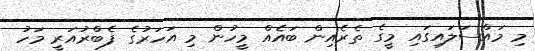
މި މައްސަލައިގައި މީގެ ތެރެއިން ބައެއް މީހުން މި އަހަރުގެ ފެބްރުއަރީ މަހު